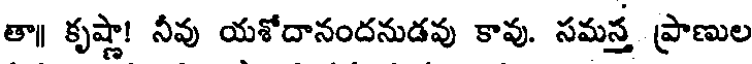
తా॥ కృష్ణా! నీవు యశోదానందనుడవు కావు. సమస్త ప్రాణుల